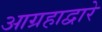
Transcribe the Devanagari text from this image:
आग्रहाद्वारे